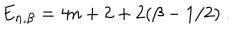
E _ { n , \beta } = 4 n + 2 + 2 ( \beta - 1 / 2 ) ~ .